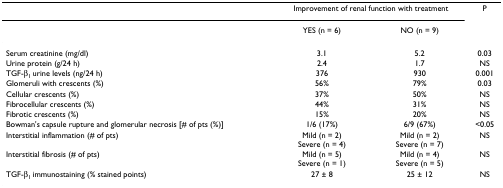
<table><thead><tr><td></td><td colspan="2"><b>Improvement of renal function with treatment</b></td><td><b>P</b></td></tr><tr><td></td><td><b>YES (n = 6)</b></td><td><b>NO (n = 9)</b></td><td></td></tr></thead><tbody><tr><td>Serum creatinine (mg/dl)</td><td>3.1</td><td>5.2</td><td>0.03</td></tr><tr><td>Urine protein (g/24 h)</td><td>2.4</td><td>1.7</td><td>NS</td></tr><tr><td>TGF-β<sub>1 </sub>urine levels (ng/24 h)</td><td>376</td><td>930</td><td>0.001</td></tr><tr><td>Glomeruli with crescents (%)</td><td>56%</td><td>79%</td><td>0.03</td></tr><tr><td>Cellular crescents (%)</td><td>37%</td><td>50%</td><td>NS</td></tr><tr><td>Fibrocellular crescents (%)</td><td>44%</td><td>31%</td><td>NS</td></tr><tr><td>Fibrotic crescents (%)</td><td>15%</td><td>20%</td><td>NS</td></tr><tr><td>Bowman&#x27;s capsule rupture and glomerular necrosis [# of pts (%)]</td><td>1/6 (17%)</td><td>6/9 (67%)</td><td>&lt;0.05</td></tr><tr><td>Interstitial inflammation (# of pts)</td><td>Mild (n = 2)Severe (n = 4)</td><td>Mild (n = 2)Severe (n = 7)</td><td>NS</td></tr><tr><td>Interstitial fibrosis (# of pts)</td><td>Mild (n = 5)Severe (n = 1)</td><td>Mild (n = 4)Severe (n = 5)</td><td>NS</td></tr><tr><td>TGF-β<sub>1 </sub>immunostaining (% stained points)</td><td>27 ± 8</td><td>25 ± 12</td><td>NS</td></tr></tbody></table>